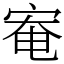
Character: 𫳑